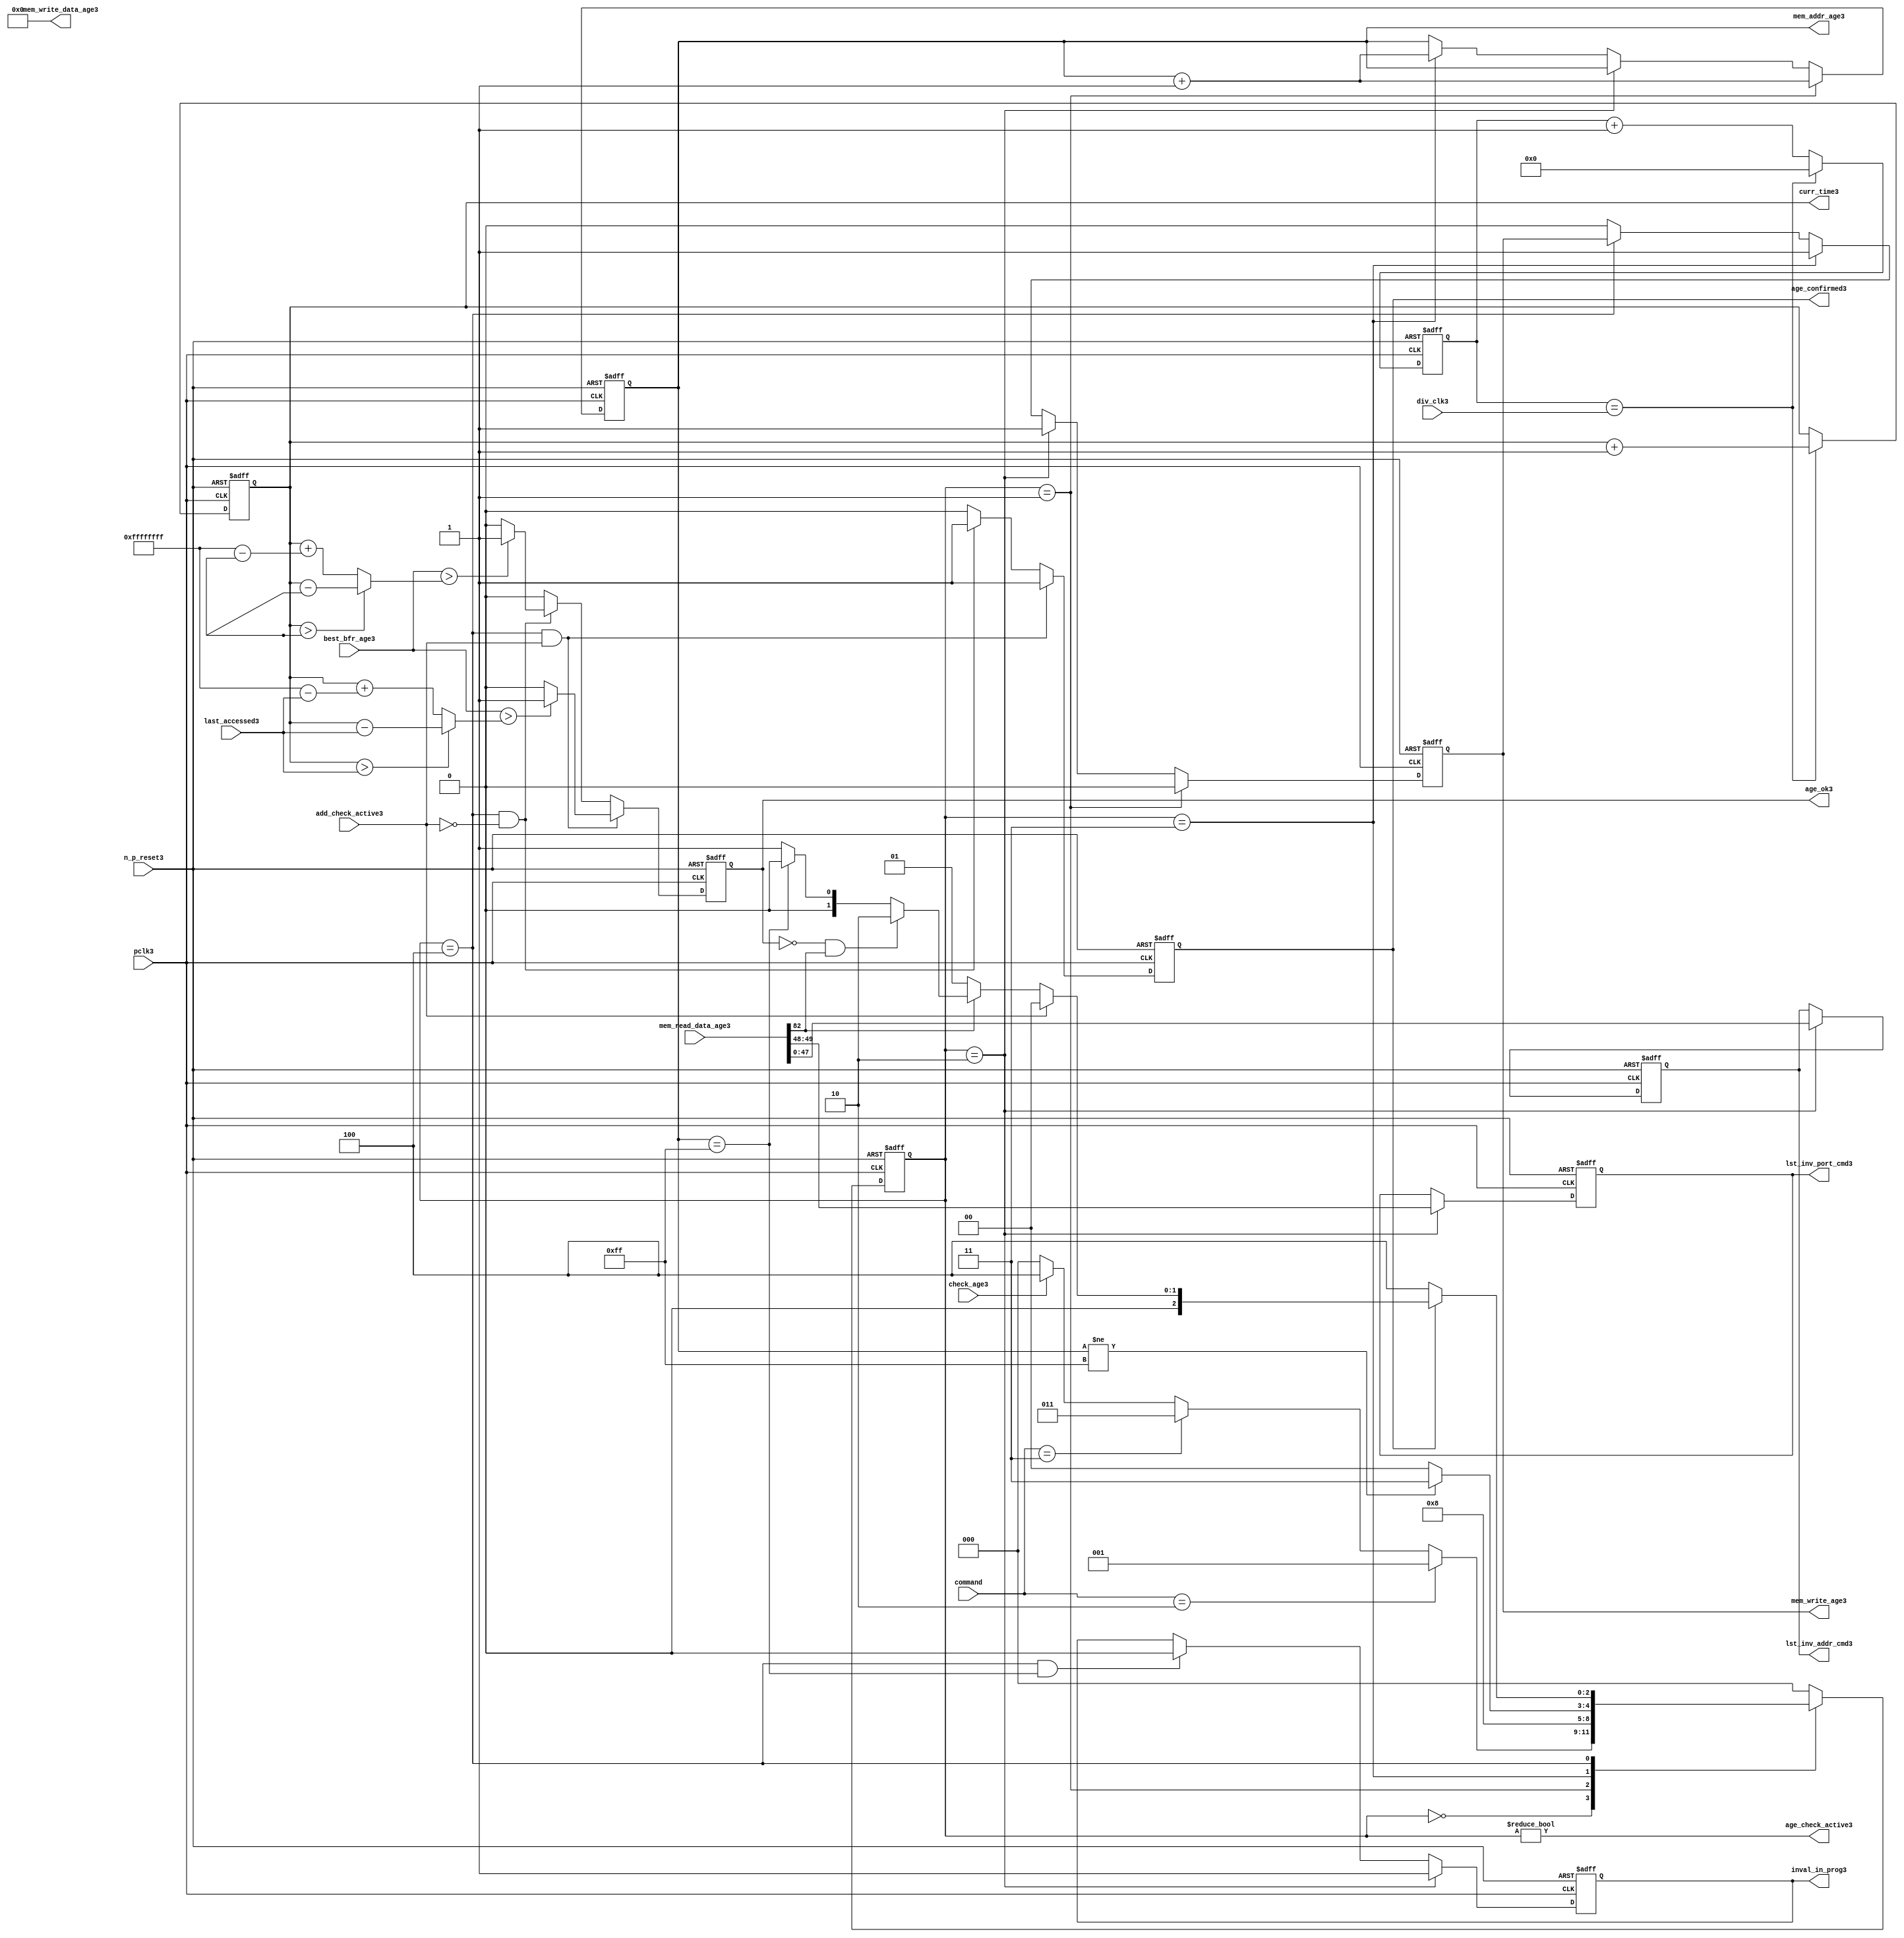
//File3 name   : alut_age_checker3.v
//Title3       : 
//Created3     : 1999
//Description3 : 
//Notes3       : 
//----------------------------------------------------------------------
//   Copyright3 1999-2010 Cadence3 Design3 Systems3, Inc3.
//   All Rights3 Reserved3 Worldwide3
//
//   Licensed3 under the Apache3 License3, Version3 2.0 (the
//   "License3"); you may not use this file except3 in
//   compliance3 with the License3.  You may obtain3 a copy of
//   the License3 at
//
//       http3://www3.apache3.org3/licenses3/LICENSE3-2.0
//
//   Unless3 required3 by applicable3 law3 or agreed3 to in
//   writing, software3 distributed3 under the License3 is
//   distributed3 on an "AS3 IS3" BASIS3, WITHOUT3 WARRANTIES3 OR3
//   CONDITIONS3 OF3 ANY3 KIND3, either3 express3 or implied3.  See
//   the License3 for the specific3 language3 governing3
//   permissions3 and limitations3 under the License3.
//----------------------------------------------------------------------

module alut_age_checker3
(   
   // Inputs3
   pclk3,
   n_p_reset3,
   command,          
   div_clk3,          
   mem_read_data_age3,
   check_age3,        
   last_accessed3, 
   best_bfr_age3,   
   add_check_active3,

   // outputs3
   curr_time3,         
   mem_addr_age3,      
   mem_write_age3,     
   mem_write_data_age3,
   lst_inv_addr_cmd3,    
   lst_inv_port_cmd3,  
   age_confirmed3,     
   age_ok3,
   inval_in_prog3,  
   age_check_active3          
);   

   input               pclk3;               // APB3 clock3                           
   input               n_p_reset3;          // Reset3                               
   input [1:0]         command;            // command bus                        
   input [7:0]         div_clk3;            // clock3 divider3 value
   input [82:0]        mem_read_data_age3;  // read data from memory             
   input               check_age3;          // request flag3 for age3 check
   input [31:0]        last_accessed3;      // time field sent3 for age3 check
   input [31:0]        best_bfr_age3;       // best3 before age3
   input               add_check_active3;   // active flag3 from address checker

   output [31:0]       curr_time3;          // current time,for storing3 in mem    
   output [7:0]        mem_addr_age3;       // address for R/W3 to memory     
   output              mem_write_age3;      // R/W3 flag3 (write = high3)            
   output [82:0]       mem_write_data_age3; // write data for memory             
   output [47:0]       lst_inv_addr_cmd3;   // last invalidated3 addr normal3 op    
   output [1:0]        lst_inv_port_cmd3;   // last invalidated3 port normal3 op    
   output              age_confirmed3;      // validates3 age_ok3 result 
   output              age_ok3;             // age3 checker result - set means3 in-date3
   output              inval_in_prog3;      // invalidation3 in progress3
   output              age_check_active3;   // bit 0 of status register           

   reg  [2:0]          age_chk_state3;      // age3 checker FSM3 current state
   reg  [2:0]          nxt_age_chk_state3;  // age3 checker FSM3 next state
   reg  [7:0]          mem_addr_age3;     
   reg                 mem_write_age3;    
   reg                 inval_in_prog3;      // invalidation3 in progress3
   reg  [7:0]          clk_div_cnt3;        // clock3 divider3 counter
   reg  [31:0]         curr_time3;          // current time,for storing3 in mem  
   reg                 age_confirmed3;      // validates3 age_ok3 result 
   reg                 age_ok3;             // age3 checker result - set means3 in-date3
   reg [47:0]          lst_inv_addr_cmd3;   // last invalidated3 addr normal3 op    
   reg [1:0]           lst_inv_port_cmd3;   // last invalidated3 port normal3 op    

   wire  [82:0]        mem_write_data_age3;
   wire  [31:0]        last_accessed_age3;  // read back time by age3 checker
   wire  [31:0]        time_since_lst_acc_age3;  // time since3 last accessed age3
   wire  [31:0]        time_since_lst_acc3; // time since3 last accessed address
   wire                age_check_active3;   // bit 0 of status register           

// Parameters3 for Address Checking3 FSM3 states3
   parameter idle3           = 3'b000;
   parameter inval_aged_rd3  = 3'b001;
   parameter inval_aged_wr3  = 3'b010;
   parameter inval_all3      = 3'b011;
   parameter age_chk3        = 3'b100;

   parameter max_addr       = 8'hff;
   parameter max_cnt3        = 32'hffff_ffff;

// -----------------------------------------------------------------------------
//   Generate3 current time counter
// -----------------------------------------------------------------------------
always @ (posedge pclk3 or negedge n_p_reset3)
   begin
   if (~n_p_reset3)
      clk_div_cnt3 <= 8'd0;
   else if (clk_div_cnt3 == div_clk3)
      clk_div_cnt3 <= 8'd0; 
   else 
      clk_div_cnt3 <= clk_div_cnt3 + 1'd1;
   end


always @ (posedge pclk3 or negedge n_p_reset3)
   begin
   if (~n_p_reset3)
      curr_time3 <= 32'd0;
   else if (clk_div_cnt3 == div_clk3)
      curr_time3 <= curr_time3 + 1'd1;
   end


// -----------------------------------------------------------------------------
//   Age3 checker State3 Machine3 
// -----------------------------------------------------------------------------
always @ (command or check_age3 or age_chk_state3 or age_confirmed3 or age_ok3 or
          mem_addr_age3 or mem_read_data_age3[82])
   begin
      case (age_chk_state3)
      
      idle3:
         if (command == 2'b10)
            nxt_age_chk_state3 = inval_aged_rd3;
         else if (command == 2'b11)
            nxt_age_chk_state3 = inval_all3;
         else if (check_age3)
            nxt_age_chk_state3 = age_chk3;
         else
            nxt_age_chk_state3 = idle3;

      inval_aged_rd3:
            nxt_age_chk_state3 = age_chk3;

      inval_aged_wr3:
            nxt_age_chk_state3 = idle3;

      inval_all3:
         if (mem_addr_age3 != max_addr)
            nxt_age_chk_state3 = inval_all3;  // move3 onto3 next address
         else
            nxt_age_chk_state3 = idle3;

      age_chk3:
         if (age_confirmed3)
            begin
            if (add_check_active3)                     // age3 check for addr chkr3
               nxt_age_chk_state3 = idle3;
            else if (~mem_read_data_age3[82])      // invalid, check next location3
               nxt_age_chk_state3 = inval_aged_rd3; 
            else if (~age_ok3 & mem_read_data_age3[82]) // out of date3, clear 
               nxt_age_chk_state3 = inval_aged_wr3;
            else if (mem_addr_age3 == max_addr)    // full check completed
               nxt_age_chk_state3 = idle3;     
            else 
               nxt_age_chk_state3 = inval_aged_rd3; // age3 ok, check next location3 
            end       
         else
            nxt_age_chk_state3 = age_chk3;

      default:
            nxt_age_chk_state3 = idle3;
      endcase
   end



always @ (posedge pclk3 or negedge n_p_reset3)
   begin
   if (~n_p_reset3)
      age_chk_state3 <= idle3;
   else
      age_chk_state3 <= nxt_age_chk_state3;
   end


// -----------------------------------------------------------------------------
//   Generate3 memory RW bus for accessing array when requested3 to invalidate3 all
//   aged3 addresses3 and all addresses3.
// -----------------------------------------------------------------------------
always @ (posedge pclk3 or negedge n_p_reset3)
   begin
   if (~n_p_reset3)
   begin
      mem_addr_age3 <= 8'd0;     
      mem_write_age3 <= 1'd0;    
   end
   else if (age_chk_state3 == inval_aged_rd3)  // invalidate3 aged3 read
   begin
      mem_addr_age3 <= mem_addr_age3 + 1'd1;     
      mem_write_age3 <= 1'd0;    
   end
   else if (age_chk_state3 == inval_aged_wr3)  // invalidate3 aged3 read
   begin
      mem_addr_age3 <= mem_addr_age3;     
      mem_write_age3 <= 1'd1;    
   end
   else if (age_chk_state3 == inval_all3)  // invalidate3 all
   begin
      mem_addr_age3 <= mem_addr_age3 + 1'd1;     
      mem_write_age3 <= 1'd1;    
   end
   else if (age_chk_state3 == age_chk3)
   begin
      mem_addr_age3 <= mem_addr_age3;     
      mem_write_age3 <= mem_write_age3;    
   end
   else 
   begin
      mem_addr_age3 <= mem_addr_age3;     
      mem_write_age3 <= 1'd0;    
   end
   end

// age3 checker will only ever3 write zero values to ALUT3 mem
assign mem_write_data_age3 = 83'd0;



// -----------------------------------------------------------------------------
//   Generate3 invalidate3 in progress3 flag3 (bit 1 of status register)
// -----------------------------------------------------------------------------
always @ (posedge pclk3 or negedge n_p_reset3)
   begin
   if (~n_p_reset3)
      inval_in_prog3 <= 1'd0;
   else if (age_chk_state3 == inval_aged_wr3) 
      inval_in_prog3 <= 1'd1;
   else if ((age_chk_state3 == age_chk3) & (mem_addr_age3 == max_addr))
      inval_in_prog3 <= 1'd0;
   else
      inval_in_prog3 <= inval_in_prog3;
   end


// -----------------------------------------------------------------------------
//   Calculate3 whether3 data is still in date3.  Need3 to work3 out the real time
//   gap3 between current time and last accessed.  If3 this gap3 is greater than
//   the best3 before age3, then3 the data is out of date3. 
// -----------------------------------------------------------------------------
assign time_since_lst_acc3 = (curr_time3 > last_accessed3) ? 
                            (curr_time3 - last_accessed3) :  // no cnt wrapping3
                            (curr_time3 + (max_cnt3 - last_accessed3));

assign time_since_lst_acc_age3 = (curr_time3 > last_accessed_age3) ? 
                                (curr_time3 - last_accessed_age3) : // no wrapping3
                                (curr_time3 + (max_cnt3 - last_accessed_age3));


always @ (posedge pclk3 or negedge n_p_reset3)
   begin
   if (~n_p_reset3)
      begin
      age_ok3 <= 1'b0;
      age_confirmed3 <= 1'b0;
      end
   else if ((age_chk_state3 == age_chk3) & add_check_active3) 
      begin                                       // age3 checking for addr chkr3
      if (best_bfr_age3 > time_since_lst_acc3)      // still in date3
         begin
         age_ok3 <= 1'b1;
         age_confirmed3 <= 1'b1;
         end
      else   // out of date3
         begin
         age_ok3 <= 1'b0;
         age_confirmed3 <= 1'b1;
         end
      end
   else if ((age_chk_state3 == age_chk3) & ~add_check_active3)
      begin                                      // age3 checking for inval3 aged3
      if (best_bfr_age3 > time_since_lst_acc_age3) // still in date3
         begin
         age_ok3 <= 1'b1;
         age_confirmed3 <= 1'b1;
         end
      else   // out of date3
         begin
         age_ok3 <= 1'b0;
         age_confirmed3 <= 1'b1;
         end
      end
   else
      begin
      age_ok3 <= 1'b0;
      age_confirmed3 <= 1'b0;
      end
   end



// -----------------------------------------------------------------------------
//   Generate3 last address and port that was cleared3 in the invalid aged3 process
// -----------------------------------------------------------------------------
always @ (posedge pclk3 or negedge n_p_reset3)
   begin
   if (~n_p_reset3)
      begin
      lst_inv_addr_cmd3 <= 48'd0;
      lst_inv_port_cmd3 <= 2'd0;
      end
   else if (age_chk_state3 == inval_aged_wr3)
      begin
      lst_inv_addr_cmd3 <= mem_read_data_age3[47:0];
      lst_inv_port_cmd3 <= mem_read_data_age3[49:48];
      end
   else 
      begin
      lst_inv_addr_cmd3 <= lst_inv_addr_cmd3;
      lst_inv_port_cmd3 <= lst_inv_port_cmd3;
      end
   end


// -----------------------------------------------------------------------------
//   Set active bit of status, decoded3 off3 age_chk_state3
// -----------------------------------------------------------------------------
assign age_check_active3 = (age_chk_state3 != 3'b000);

endmodule